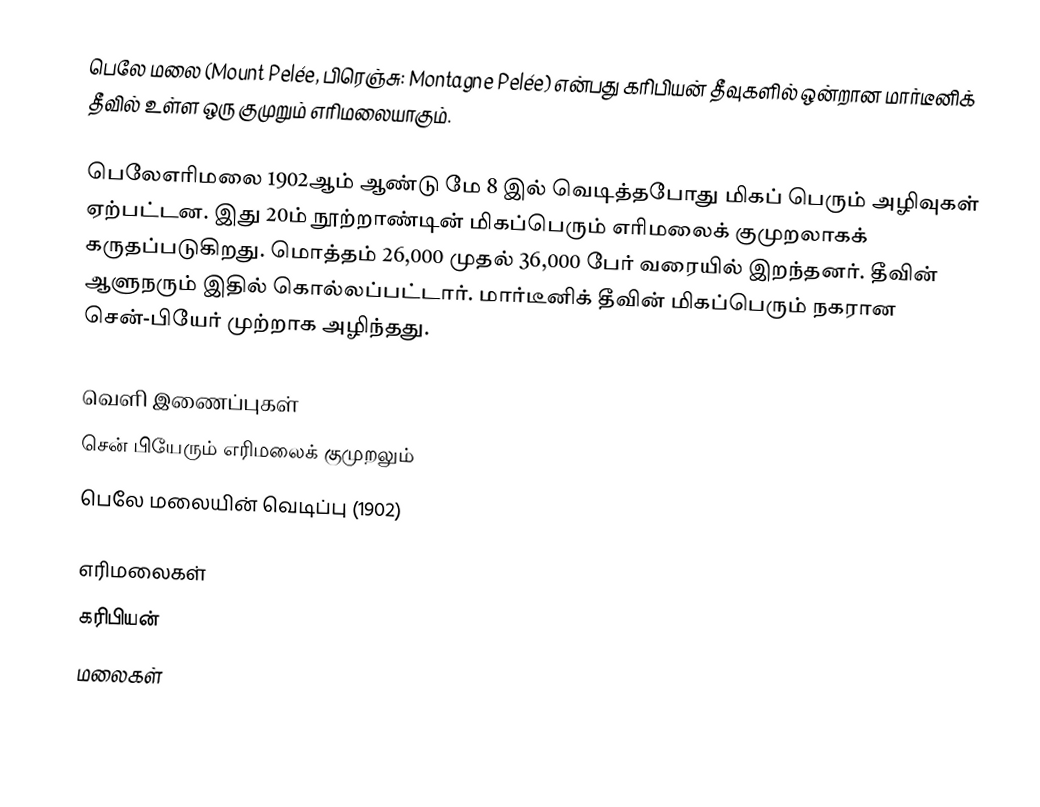
பெலே மலை (Mount Pelée, பிரெஞ்சு: Montagne Pelée) என்பது கரிபியன் தீவுகளில் ஒன்றான மார்டீனிக் தீவில் உள்ள ஒரு குமுறும் எரிமலையாகும்.

பெலேஎரிமலை 1902ஆம் ஆண்டு மே 8 இல் வெடித்தபோது மிகப் பெரும் அழிவுகள் ஏற்பட்டன. இது 20ம் நூற்றாண்டின் மிகப்பெரும் எரிமலைக் குமுறலாகக் கருதப்படுகிறது. மொத்தம் 26,000 முதல் 36,000 பேர் வரையில் இறந்தனர். தீவின் ஆளுநரும் இதில் கொல்லப்பட்டார். மார்டீனிக் தீவின் மிகப்பெரும் நகரான சென்-பியேர் முற்றாக அழிந்தது.

வெளி இணைப்புகள்
 சென் பியேரும் எரிமலைக் குமுறலும்
 பெலே மலையின் வெடிப்பு (1902)

எரிமலைகள்
கரிபியன்
மலைகள்